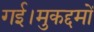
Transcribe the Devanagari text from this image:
गई।मुकद्दमों